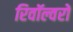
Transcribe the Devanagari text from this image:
रिवॉल्वरों